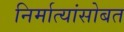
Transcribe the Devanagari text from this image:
निर्मात्यांसोबत